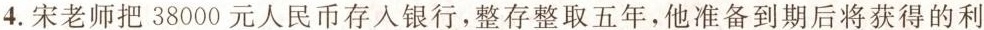
4.宋老师把38000元人民币存入银行，整存整取五年，他准备到期后将获得的利